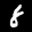
Label: 8